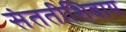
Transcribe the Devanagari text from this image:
संततीशिवाय